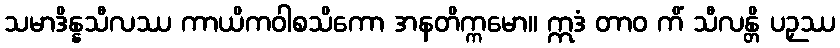
သမာဒိန္နသီလဿ ကာယိကဝါစသိကော အနတိက္ကမော။ ဣဒံ တာဝ ကိံ သီလန္တိ ပဉှဿ